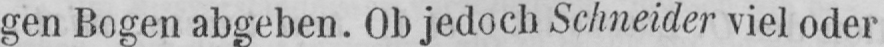
gen Bogen abgeben. Ob jedoch Schneider viel oder